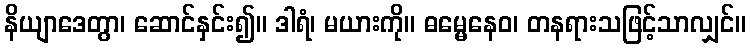
နိယျာဒေတွာ၊ ဆောင်နှင်း၍။ ဒါရံ၊ မယားကို။ ဓမ္မေနေဝ၊ တနရားသဖြင့်သာလျှင်။